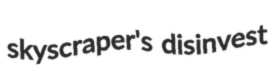
skyscraper's disinvest